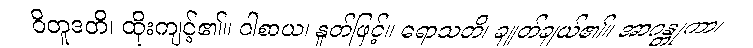
ဝိတူဒတိ၊ ထိုးကျင့်၏။ ဝါစာယ၊ နှုတ်ဖြင့်။ ရောသတိ၊ ချုတ်ချယ်၏။ အာဂန္တုကာ၊